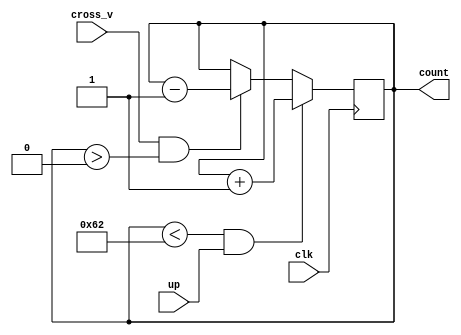
`timescale 1ns / 1ps
/*
Almacena la cantidad de autos en la calle vertical. El valor count puede estar entre 0 y 98.
*/
module counter_v(
    input clk,
    input up,
    input cross_v,
    output [6:0]count
);
   
reg [6:0]cuenta;
assign count = cuenta;   
 
always @(posedge clk)
begin
if((cuenta <98) && up)
cuenta = cuenta + 1;
else if (cross_v&&(cuenta>0))
cuenta = cuenta - 1;
end    
endmodule